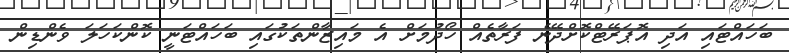
ބަހައްޓައި އަދި އޮޕަރޭޓްކޮށްދޭނެ ފަރާތެއް ހޯދުމަށް އެ މައިޒާންތަކުގައި ބަހައްޓަނީ ކޮންކަހަލަ ވެންޑިން